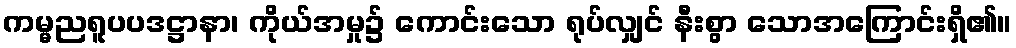
ကမ္မညရူပပဒဋ္ဌာနာ၊ ကိုယ်အမှု၌ ကောင်းသော ရုပ်လျှင် နီးစွာ သောအကြောင်းရှိ၏။